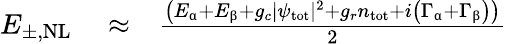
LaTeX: \begin{array}{rlr}{E_{\pm,\mathrm{NL}}}&{{}\approx}&{\frac{\left(E_{\upalpha}+E_{\upbeta}+g_{c}|\psi_{\mathrm{tot}}|^{2}+g_{r}n_{\mathrm{tot}}+i\left(\Gamma_{\upalpha}+\Gamma_{\upbeta}\right)\right)}{2}}\end{array}